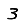
Digit: 3